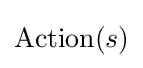
\operatorname {Action} (s)